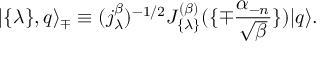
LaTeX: | \{ \lambda \} , q \rangle _ { \mp } \equiv ( j _ { \lambda } ^ { \beta } ) ^ { - 1 / 2 } J _ { \{ \lambda \} } ^ { ( \beta ) } ( \{ \mp { \frac { \alpha _ { - n } } { \sqrt { \beta } } } \} ) | q \rangle .